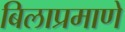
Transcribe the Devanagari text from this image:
बिलाप्रमाणे